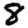
Digit: 8